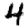
Digit: 4